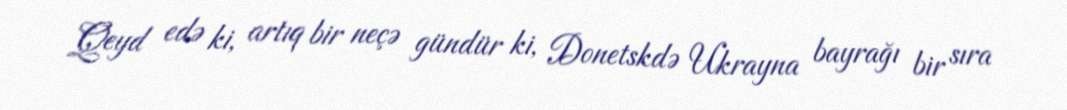
Qeyd edə ki, artıq bir neçə gündür ki, Donetskdə Ukrayna bayrağı bir sıra